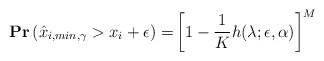
\begin{align*}\mathbf{Pr}\left(\hat{x}_{i,min,\gamma}> x_i + \epsilon\right) =& \left[1- \frac{1}{K}h(\lambda;\epsilon,\alpha)\right]^M\end{align*}